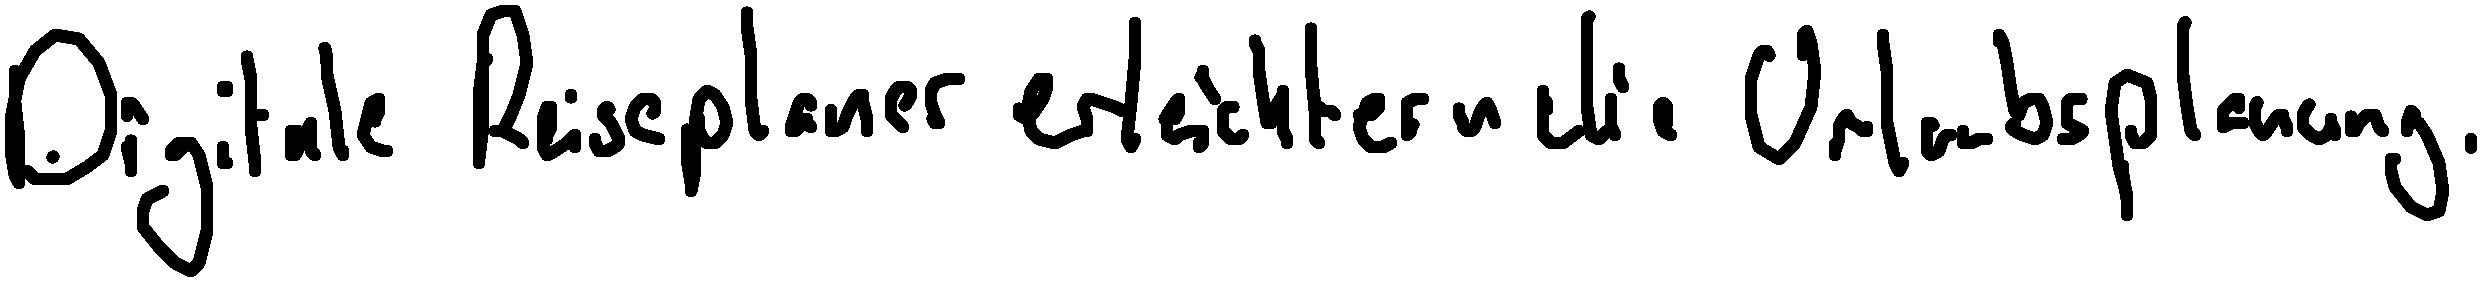
Digitale Reiseplaner erleichtern die Urlaubsplanung.